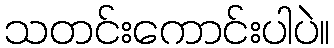
သတင်းကောင်းပါပဲ။